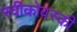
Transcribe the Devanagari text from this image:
स्वीकोवस्की